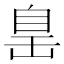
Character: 𦤍